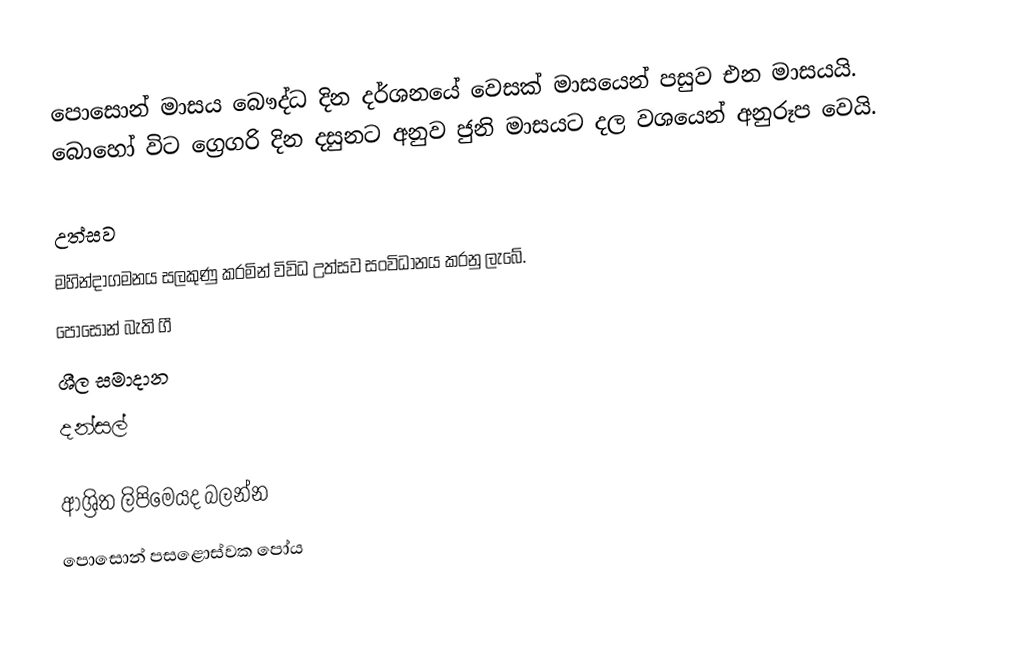
පොසොන් මාසය බෞද්ධ දින දර්ශනයේ  වෙසක් මාසයෙන් පසුව එන මාසයයි. බොහෝ විට ග්‍රෙගරි දින දසුනට අනුව ජුනි මාසයට දල වශයෙන් අනුරූප වෙයි.

උත්සව
මහින්දාගමනය සලකුණු කරමින් විවිධ උත්සව සංවිධානය කරනු ලැබේ.
 පොසොන් බැති ගී
 ශීල සමාදාන
 දන්සල්

ආශ්‍රිත ලිපිමෙයද බලන්න
පොසොන් පසළොස්වක පෝය